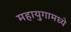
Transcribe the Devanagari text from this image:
महायुगामध्ये